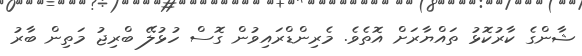
ޝާންގެ ކާރުކޮޅު ތައްޔާރަށް އޮތެވެ. މެރިންޑްރައިވުން ގޮސް ހުޅުލޭ ބްރިޖު މަތިން ބާރު